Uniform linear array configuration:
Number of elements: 12
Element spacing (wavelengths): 0.25
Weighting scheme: cosine
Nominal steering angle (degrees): -30
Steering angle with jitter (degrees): -31.542
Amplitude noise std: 0.05
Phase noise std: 0.05

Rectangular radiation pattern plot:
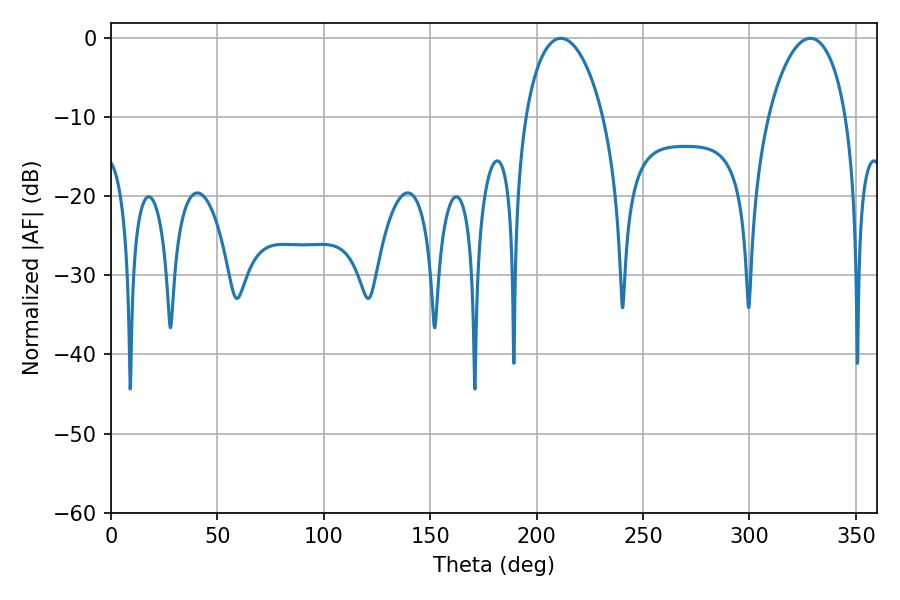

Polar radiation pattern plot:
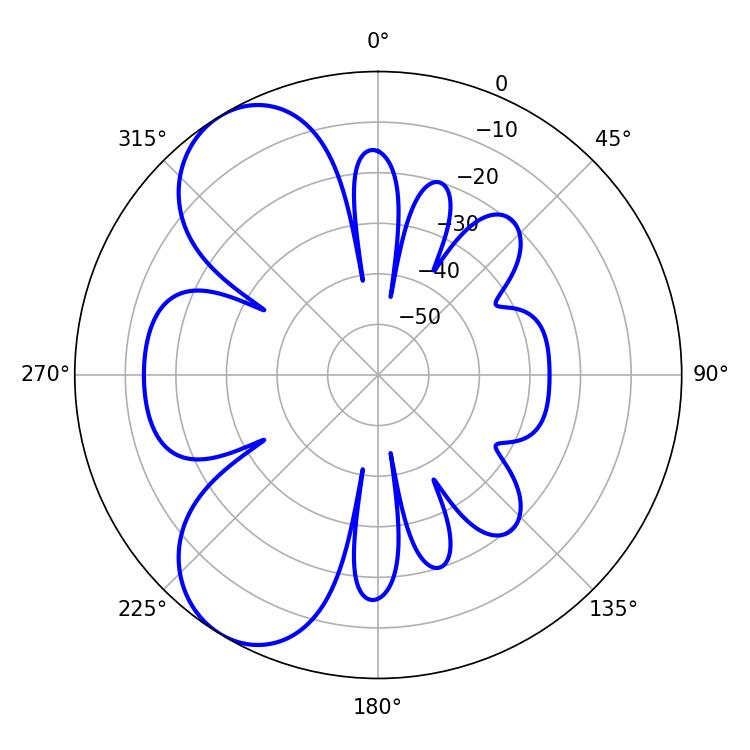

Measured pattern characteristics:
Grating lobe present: FALSE
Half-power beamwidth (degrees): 20.7
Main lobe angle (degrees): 328.68